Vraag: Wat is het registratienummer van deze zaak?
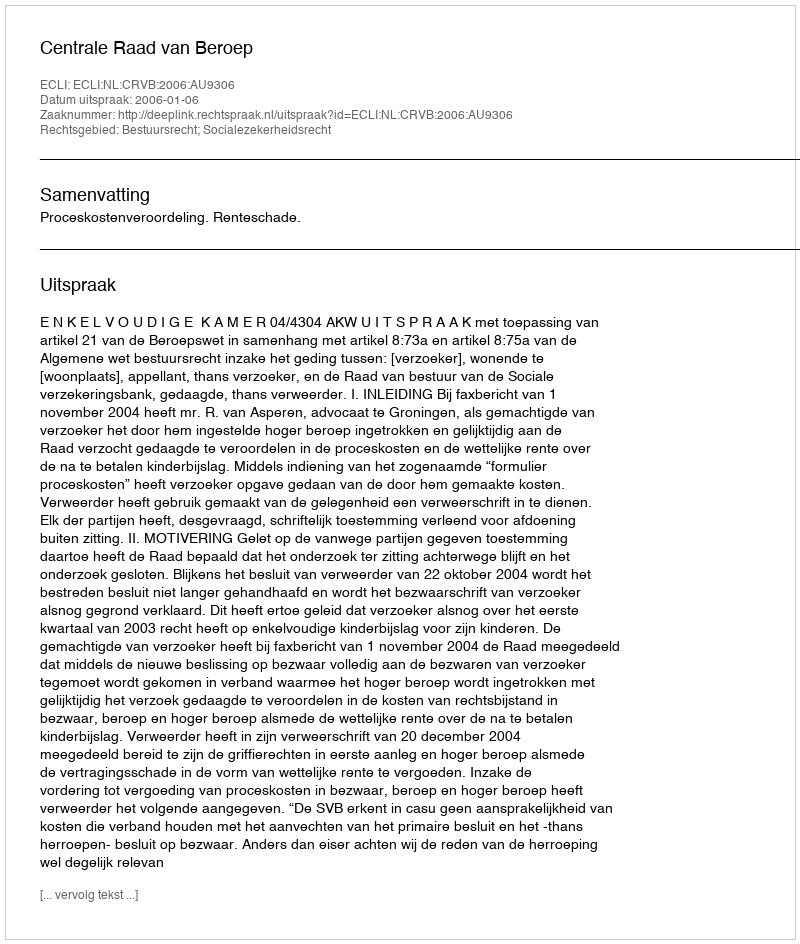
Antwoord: http://deeplink.rechtspraak.nl/uitspraak?id=ECLI:NL:CRVB:2006:AU9306